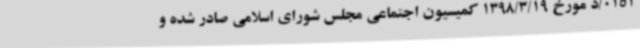
0151/د مورخ 1398/3/19 کمیسیون اجتماعی مجلس شورای اسلامی صادر شده و